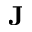
\mathbf { J }